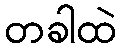
တခါထဲ